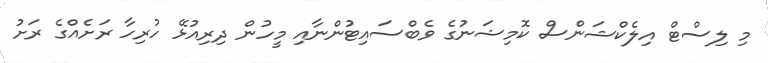
މި ލިސްޓް އިލެކްޝަންސް ކޮމިޝަނުގެ ވެބްސައިޓުންނާއި މީހުން ދިރިއުޅޭ ހުރިހާ ރަށެއްގެ ރަށު